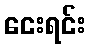
ငေးရင်း